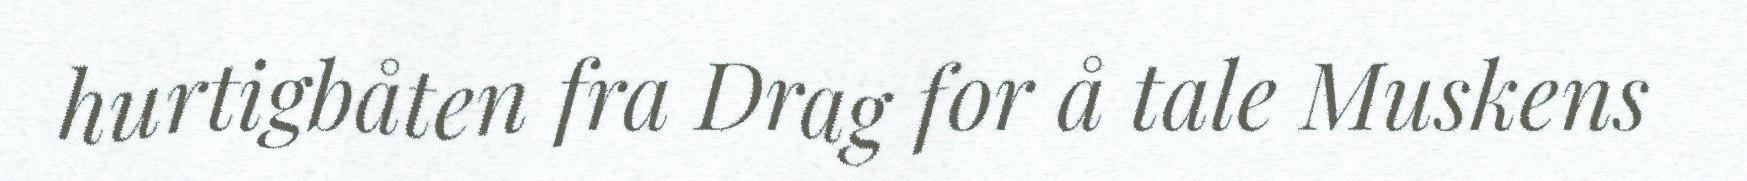
hurtigbåten fra Drag for å tale Muskens